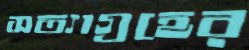
সত্যাগ্রহের